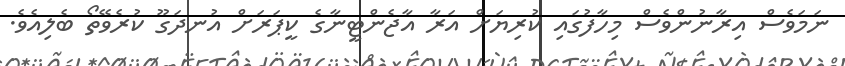
ނަމަވެސް އިރާނުންވެސް މިހާފުގައި ކުރިޔަށް އަރާ އާޖެންޓީނާގެ ކީޕަރަށް އުނދަގޫ ކުރެވޭތޯ ބެލިއެވެ.